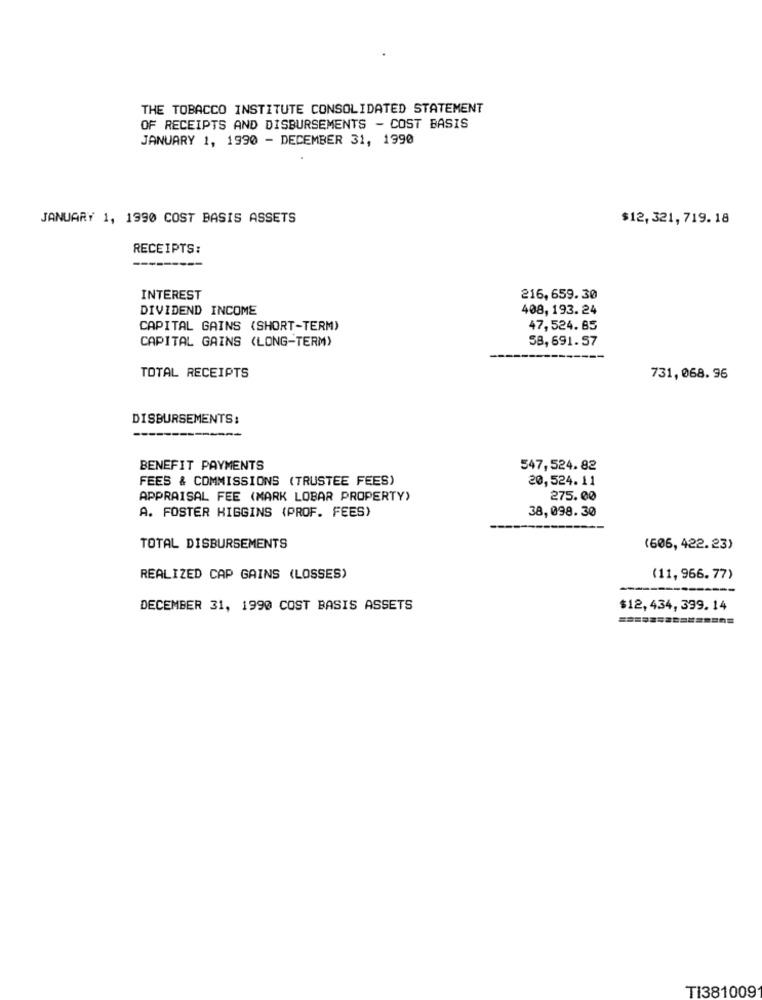
THE TOBACCO INSTITUTE CONSOLIDATED STATEMENT
OF RECEIPTS AND DISBURSEMENTS - COST BASIS
JANUARY 1, 1990 - DECEMBER 31, 1990
JANUARY 1, 1990 COST BASIS ASSETS
$12,321,719.18
RECEIPTS:
INTEREST
216,659.30
DIVIDEND INCOME
408, 193. 24
CAPITAL GAINS (SHORT-TERM)
47,524.85
CAPITAL GAINS (LONG-TERM)
58,691.57
TOTAL RECEIPTS
731,068. 96
DISBURSEMENTS:
BENEFIT PAYMENTS
547,524.82
FEES & COMMISSIONS (TRUSTEE FEES)
20,524.11
APPRAISAL FEE (MARK LOBAR PROPERTY)
275.00
A. FOSTER HIGGINS (PROF. FEES)
38,098.30
TOTAL DISBURSEMENTS
(606, 422. 23)
REALIZED CAP GAINS (LOSSES)
(11, 966. 77)
DECEMBER 31, 1990 COST BASIS ASSETS
$12,434, 399.14
TI381009